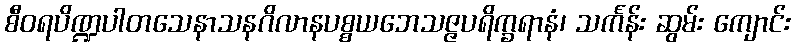
စီဝရပိဏ္ဍပါတသေနာသနဂိလာနပစ္စယဘေသဇ္ဇပရိက္ခရာနံ၊ သင်္ကန်း ဆွမ်း ကျောင်း